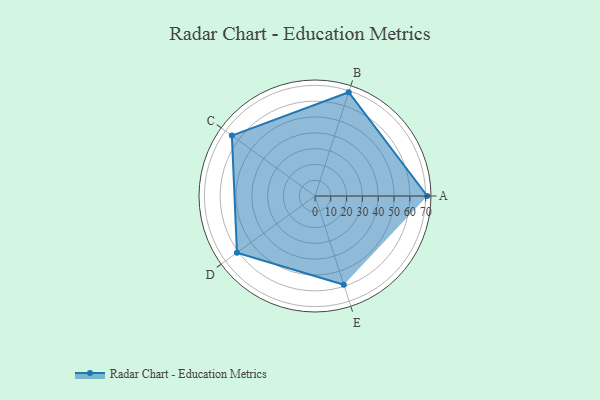
{"axis": {"x": "Skill", "y": "Score"}, "legend": ["Profile"], "data": [{"x": "A", "y": 71.0, "type": "Profile"}, {"x": "B", "y": 69.0, "type": "Profile"}, {"x": "C", "y": 65.0, "type": "Profile"}, {"x": "D", "y": 61.0, "type": "Profile"}, {"x": "E", "y": 59.0, "type": "Profile"}]}